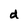
Character: d